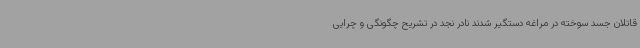
قاتلان جسد سوخته در مراغه دستگیر شدند نادر نجد در تشریح چگونگی و چرایی